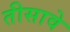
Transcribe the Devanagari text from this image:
तीसावे